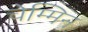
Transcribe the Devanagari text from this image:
चेम्मिन